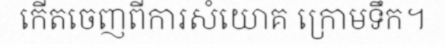
កើតចេញពីការសំយោគ ក្រោមទឹក។